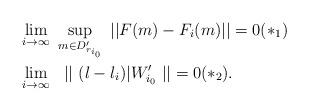
LaTeX: \begin{align*}& \lim_{i \to \infty} \ \sup_{m \in D_{r_{i_0}}'} \ ||F(m) - F_i(m)|| =0 (*_1) \\& \lim_{i \to \infty} \ \ || \ (l -l_i)|W_{i_0}' \ || =0 (*_2).\end{align*}